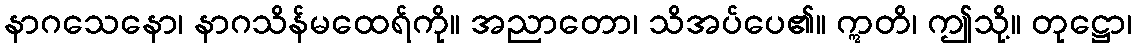
နာဂသေနော၊ နာဂသိန်မထေရ်ကို။ အညာတော၊ သိအပ်ပေ၏။ ဣတိ၊ ဤသို့။ တုဋ္ဌော၊